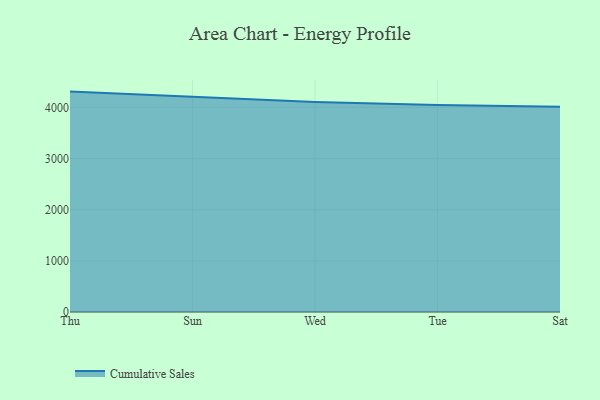
{"axis": {"x": "Day", "y": "Headcount"}, "legend": ["Cumulative Sales"], "data": [{"x": "Thu", "y": 4308.9, "type": "Cumulative Sales"}, {"x": "Sun", "y": 4209.1, "type": "Cumulative Sales"}, {"x": "Wed", "y": 4107.1, "type": "Cumulative Sales"}, {"x": "Tue", "y": 4046.2, "type": "Cumulative Sales"}, {"x": "Sat", "y": 4012.2, "type": "Cumulative Sales"}]}